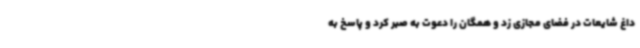
داغ شایعات در فضای مجازی زد و همگان را دعوت به صبر کرد و پاسخ به